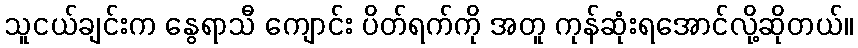
သူငယ်ချင်းက နွေရာသီ ကျောင်း ပိတ်ရက်ကို အတူ ကုန်ဆုံးရအောင်လို့ဆိုတယ်။